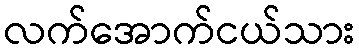
လက်အောက်ငယ်သား